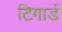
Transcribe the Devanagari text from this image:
टिगार्ड